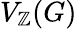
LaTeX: V_{\mathbb{Z}}(G)